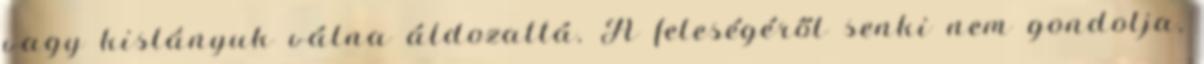
vagy kislányuk válna áldozattá. A feleségéről senki nem gondolja,